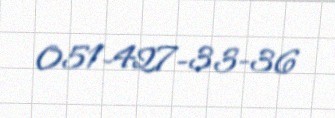
051-427-33-36